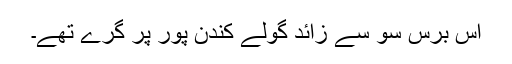
اُس برس سو سے زائد گولے کندن پور پر گرے تھے۔